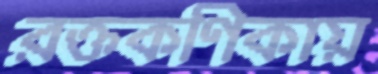
রক্তকণিকায়